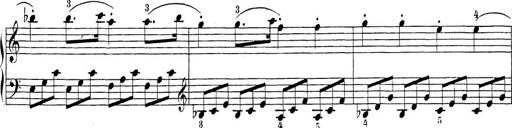
Title: Sonatina Album
Composer: Louis KÃ¶hler